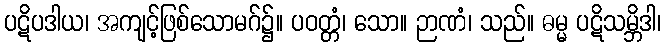
ပဋိပဒါယ၊ အကျင့်ဖြစ်သောမဂ်၌။ ပဝတ္တံ၊ သော။ ဉာဏံ၊ သည်။ ဓမ္မ ပဋိသမ္ဘိဒါ၊